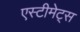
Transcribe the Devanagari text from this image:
एस्टीमेट्स